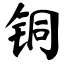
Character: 铜